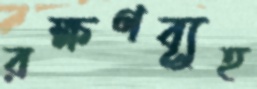
রক্ষণব্যূহ